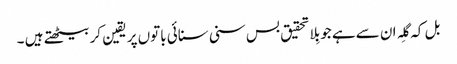
بل کہ گِلہ ان سےہے جو بِلاتحقیق بس سنی سنائی باتوں پر یقین کر بیٹھتے ہیں ۔